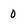
Character: O